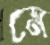
মে